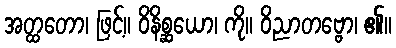
အတ္ထတော၊ ဖြင့်။ ဝိနိစ္ဆယော၊ ကို။ ဝိညာတဗ္ဗော၊ ၏။